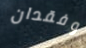
وفقدان